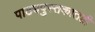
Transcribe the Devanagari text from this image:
पाठ्यपुस्तकातही